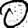
Digit: 0